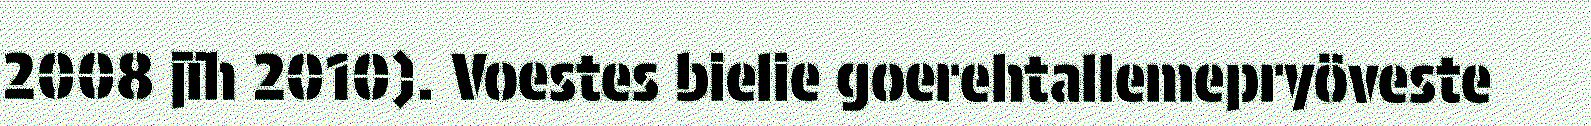
2008 jïh 2010). Voestes bielie goerehtallemepryöveste